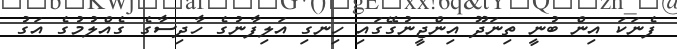
ފެނަކަ އިން ބުނީ ތިނަދޫ އިންޖީނުގޭގައި ހިނގި އަލިފާނުގެ ހާދިސާގެ ގެއްލުމުގެ އަގު